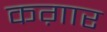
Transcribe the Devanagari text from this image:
कग़ार